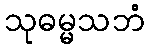
သုဓမ္မသဘံ